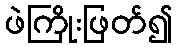
ဖဲကြိုးဖြတ်၍